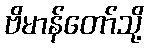
ဗိမာန်တော်သို့